Civil Veterinary Dept. Assam report 1927-50 - 1927-1950
Year: 1927
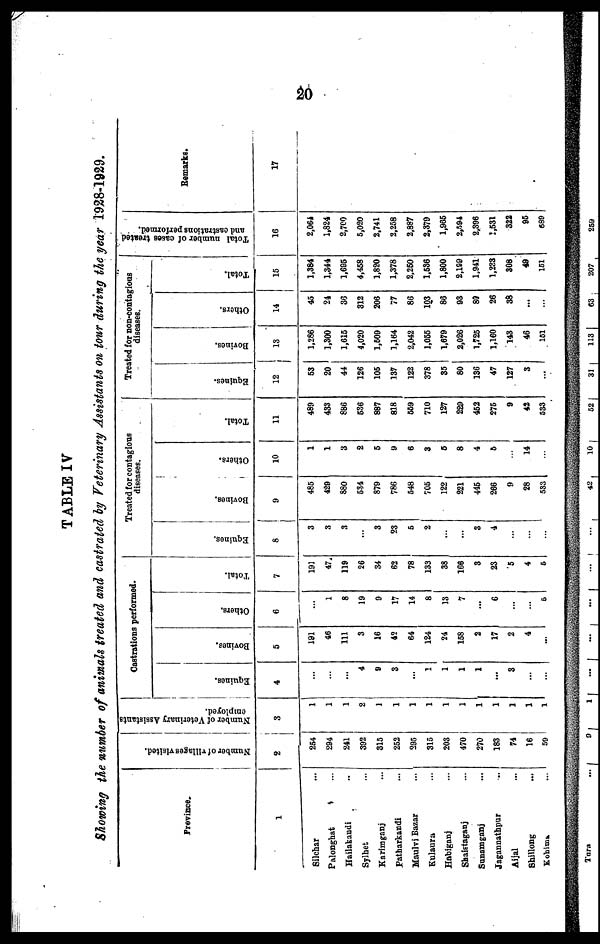
20
TABLE IV
Showing the number of animals treated and castrated by Veterinary Assistants on tour during the year 1928-l929.
Province.
1
Silchar ...
Palonghat ...
Hailakandi ..
Sylhet ...
Karimganj ...
Patharkandi ...
Maulvi Bazar ...
Kulaura ...
Habiganj ...
Shaistaganj ...
Sunamganj ...
Jagannathpur ...
Aijal ...
Shillong ...
Kolaima ...
Number of villages visited.
2
254
294
241
392
315
252
295
315
203
470
270
183
74
16
59
Number of Veterinary Assistants
employed.
3
1
1
1
1
1
1
1
1
1
1
1
1
1
1
1
Castrations performed.
Equines.
4
...
...
...
4
9
3
...
1
1
1
1
...
3
...
...
Bovines.
5
191
46
111
3
16
42
64
124
24
158
2
17
2
4
...
Others.
6
...
1
8
19
9
17
14
8
13
7
...
6
...
...
5
Total.
7
191
47
119
26
34
62
78
133
38
166
3
23
5
4
5
Treated for contagious
diseases.
Equines.
8
3
3
3
...
3
23
5
2
...
...
3
4
...
...
...
Bovines.
9
485
429
880
534
879
786
548
705
122
221
445
266
9
28
533
Others.
10
1
1
3
2
5
9
6
3
5
8
4
5
...
14
...
Total.
11
489
433
886
536
887
818
559
710
127
229
452
275
9
42
533
Treated for non-contagious
diseases.
Equines.
12
53
20
44
126
105
137
122
378
35
80
136
47
127
3
...
Bovines.
13
1,286
1,300
1,615
4,020
1,509
1,164
2,042
1,055
1,679
2,026
1,725
1,160
143
46
151
Others.
14
45
24
36
312
206
77
86
103
86
93
80
26
38
...
...
Total.
15
1,384
1,344
1,695
4,458
1,820
1,378
2,250
1,586
1,800
2,199
1,941
1,233
308
49
151
Total number of cases treated
and castrations performed.
16
2,064
1,824
2,700
5,020
2,741
2,258
2,887
2,379
1,965
2,594
2,396
1,531
322
95
689
Remarks.
17